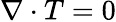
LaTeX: \nabla\cdot T=0